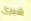
شيرى